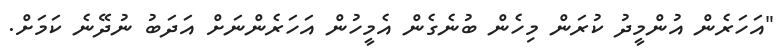
"އަހަރެން އުންމީދު ކުރަން މިހެން ބުނެގެން އެމީހުން އަހަރެންނަށް އަދަބު ނުދޭނެ ކަމަށް.